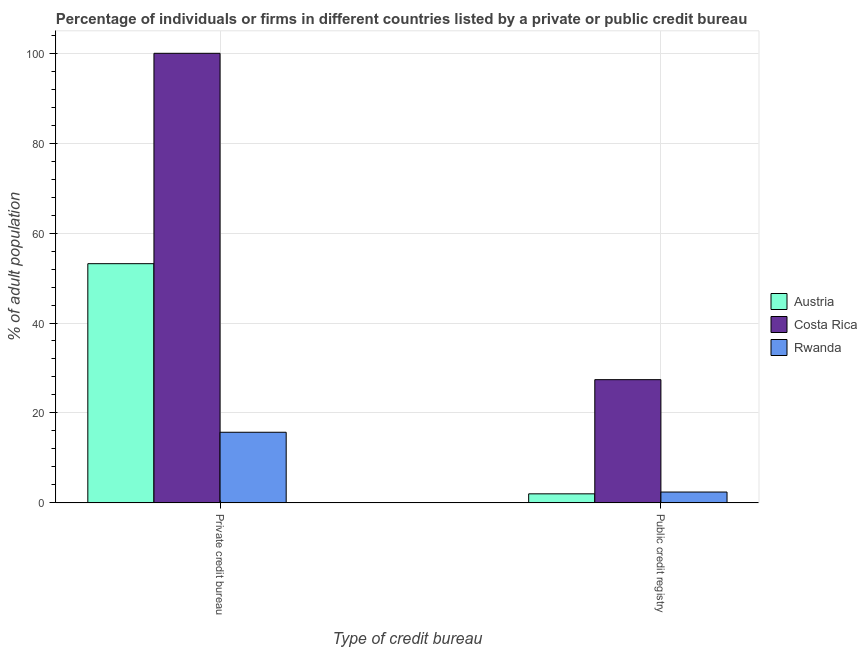
| Type of credit bureau | Austria | Costa Rica | Rwanda |
 | --- | --- | --- | --- |
 | Private credit bureau | 53.2 | 100 | 15.7 |
 | Public credit registry | 2 | 27.4 | 2.4 |